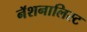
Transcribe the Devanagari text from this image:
नॅशनालिस्ट